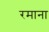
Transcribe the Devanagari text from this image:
रमाना